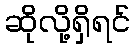
ဆိုလို့ရှိရင်